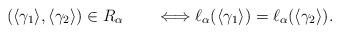
LaTeX: \begin{align*} (\langle\gamma_1\rangle,\langle\gamma_2\rangle)\in R_\alpha \qquad\Longleftrightarrow \ell_\alpha (\langle\gamma_1\rangle)=\ell_\alpha(\langle\gamma_2\rangle).\end{align*}